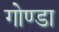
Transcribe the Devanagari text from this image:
गोण्‍डा